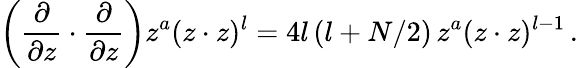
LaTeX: \left({\frac{\partial}{\partial z}}\cdot{\frac{\partial}{\partial z}}\right)z^{a}(z\cdot z)^{l}=4l\, (l+N/2)\, z^{a}(z\cdot z)^{l-1}\, .